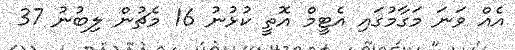
އެއް ވަނަ މަގާމުގައި އެޓީމް އޮތީ ކުޅުނު 16 މެޗުން ލިބުނު 37